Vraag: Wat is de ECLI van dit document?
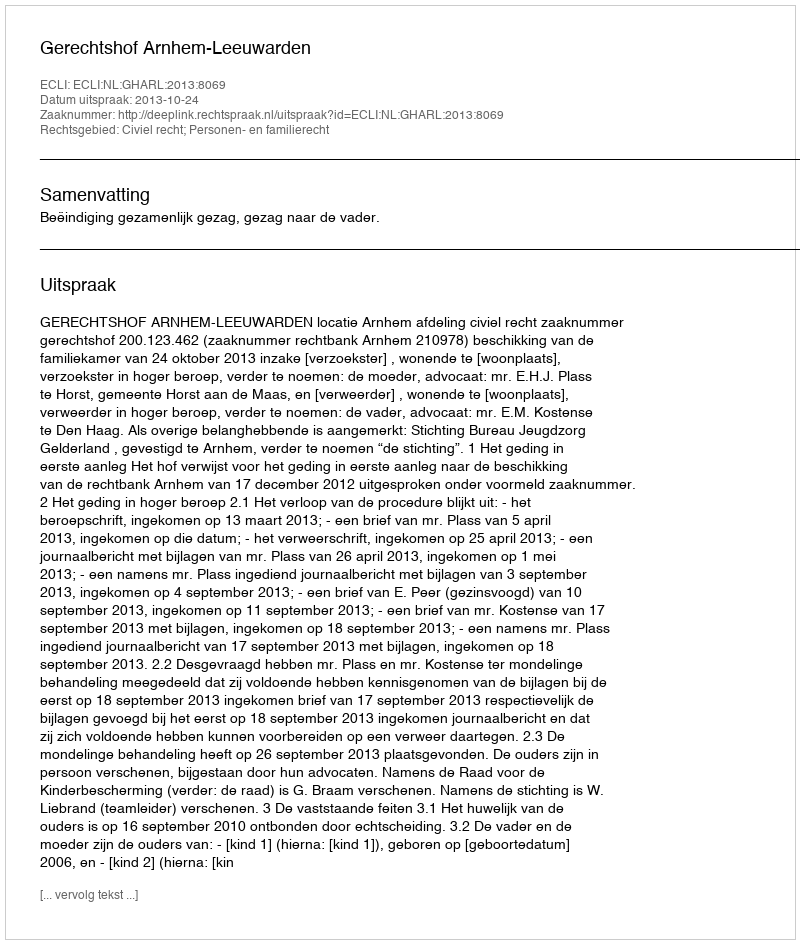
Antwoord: ECLI:NL:GHARL:2013:8069